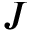
J